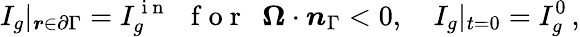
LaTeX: I_{g}|_{\boldsymbol{r}\in\partial\Gamma}=I_{g}^{\mathrm{~i~n~}}\ \ \mathrm{~f~o~r~}\ \ \boldsymbol{\Omega}\cdot\boldsymbol{n}_{\Gamma}<0,\quad I_{g}|_{t=0}=I_{g}^{0}\, ,